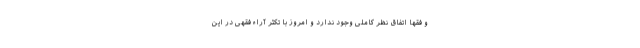
و فقها اتفاق نظر کاملی وجود ندارد و امروز با تکثر آراء فقهی در این